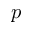
p